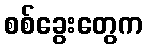
စစ်ခွေးတွေက